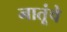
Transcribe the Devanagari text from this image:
नातूंचे